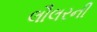
લૌલરની